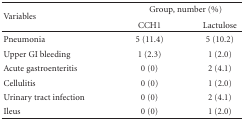
| <ROWSPAN=2> Variables |  | <COLSPAN=2> Group, number (%) |
 |  | CCH1 | Lactulose |
 | --- | --- | --- | --- |
 | Pneumonia |  | 5 (11.4) | 5 (10.2) |
 | Upper GI bleeding |  | 1 (2.3) | 1 (2.0) |
 | Acute gastroenteritis |  | 0 (0) | 2 (4.1) |
 | Cellulitis |  | 0 (0) | 1 (2.0) |
 | Urinary tract infection |  | 0 (0) | 2 (4.1) |
 | Ileus |  | 0 (0) | 1 (2.0) |